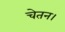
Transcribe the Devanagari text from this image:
चेतन।